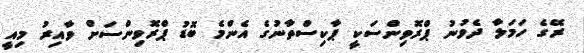
ރޭގެ ހަމަލާ ދެވުނު ޕްރޮވިންސަކީ ޕާކިސްތާނުގެ އެންމެ ބޮޑު ޕްރޮވިންސަށް ވާއިރު މިއީ